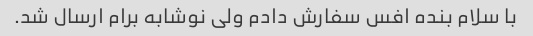
با سلام بنده افس سفارش دادم ولی نوشابه برام ارسال شد.